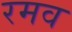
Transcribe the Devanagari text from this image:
रमव